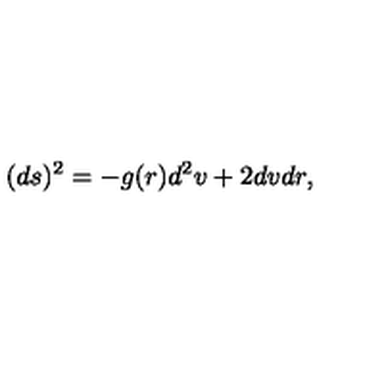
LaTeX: ( d s ) ^ { 2 } = - g ( r ) d ^ { 2 } v + 2 d v d r ,